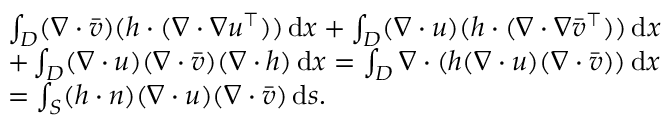
\begin{array} { r l } & { \int _ { D } ( \nabla \cdot \bar { v } ) ( h \cdot ( \nabla \cdot \nabla u ^ { \top } ) ) \, \mathrm { d } x + \int _ { D } ( \nabla \cdot u ) ( h \cdot ( \nabla \cdot \nabla \bar { v } ^ { \top } ) ) \, \mathrm { d } x } \\ & { + \int _ { D } ( \nabla \cdot u ) ( \nabla \cdot \bar { v } ) ( \nabla \cdot h ) \, \mathrm { d } x = \int _ { D } \nabla \cdot ( h ( \nabla \cdot u ) ( \nabla \cdot \bar { v } ) ) \, \mathrm { d } x } \\ & { = \int _ { S } ( h \cdot n ) ( \nabla \cdot u ) ( \nabla \cdot \bar { v } ) \, \mathrm { d } s . } \end{array}